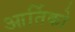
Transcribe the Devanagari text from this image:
आर्तिको